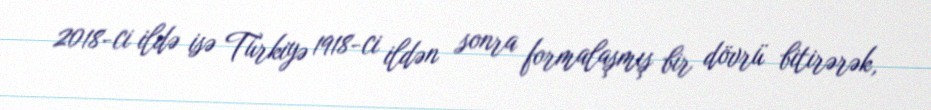
2018-ci ildə isə Türkiyə 1918-ci ildən sonra formalaşmış bir dövrü bitirərək,